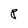
Character: P